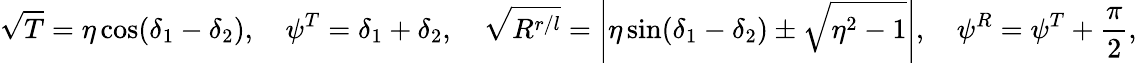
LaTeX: \sqrt{T}=\eta\cos(\delta_{1}-\delta_{2}),\ \ \ \ \psi^{T}=\delta_{1}+\delta_{2},\ \ \ \ \sqrt{R^{r/l}}=\left|\eta\sin(\delta_{1}-\delta_{2})\pm\sqrt{\eta^{2}-1}\right|,\ \ \ \ \psi^{R}=\psi^{T}+\frac{\pi}{2},